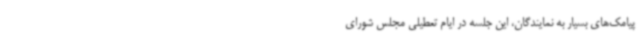
پیامک‌های بسیار به نمایندگان، این جلسه در ایام تعطیلی مجلس شورای